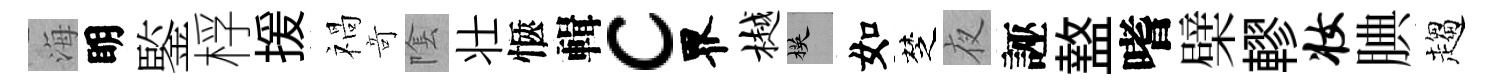
海眀鍳桴援禍竒隂壮愜輯c界樾楧如椘夜誣盩嗜檗轇妆腆趨